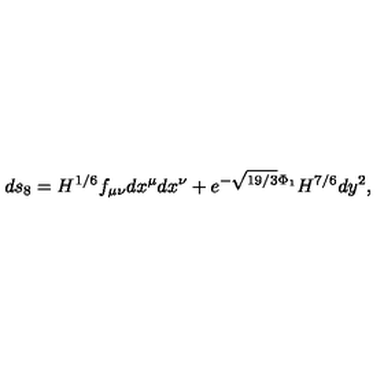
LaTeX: d s _ { 8 } = H ^ { 1 / 6 } f _ { \mu \nu } d x ^ { \mu } d x ^ { \nu } + e ^ { - \sqrt { 1 9 / 3 } \Phi _ { 1 } } H ^ { 7 / 6 } d y ^ { 2 } ,